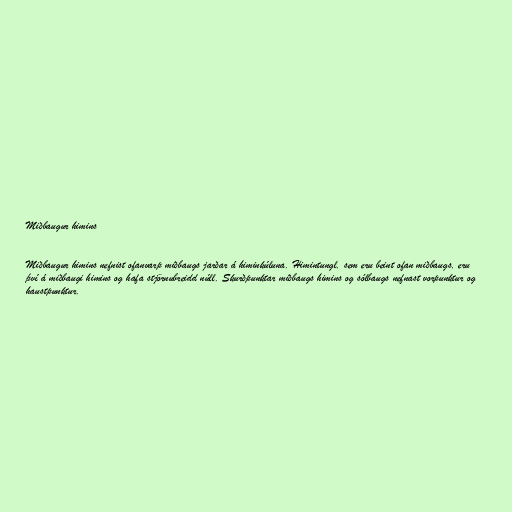
Miðbaugur himins

Miðbaugur himins nefnist ofanvarp miðbaugs jarðar á himinkúluna. Himintungl, sem eru beint ofan miðbaugs, eru
því á miðbaugi himins og hafa stjörnubreidd núll. Skurðpunktar miðbaugs himins og sólbaugs nefnast vorpunktur og
haustpunktur.